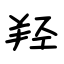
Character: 羟